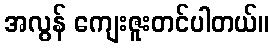
အလွန် ကျေးဇူးတင်ပါတယ်။